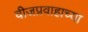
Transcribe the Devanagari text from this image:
वीजप्रवाहाच्या